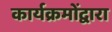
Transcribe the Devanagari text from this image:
कार्यक्रमोंद्वारा